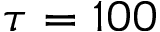
\tau = 1 0 0